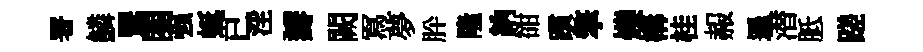
署鱗鸎関强蜒已淫瓣闕冩夢肸隆納𧮳躓擎爍構桂赧遜潜胝蹉